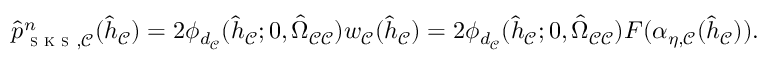
\begin{array} { r } { \hat { p } _ { \textsc { s k s } , \mathcal { C } } ^ { n } ( \hat { h } _ { \mathcal { C } } ) = 2 \phi _ { d _ { \mathcal { C } } } ( \hat { h } _ { \mathcal { C } } ; 0 , \hat { \Omega } _ { \mathcal { C } \mathcal { C } } ) w _ { \mathcal { C } } ( \hat { h } _ { \mathcal { C } } ) = 2 \phi _ { d _ { \mathcal { C } } } ( \hat { h } _ { \mathcal { C } } ; 0 , \hat { \Omega } _ { \mathcal { C } \mathcal { C } } ) F ( \alpha _ { \eta , \mathcal { C } } ( \hat { h } _ { \mathcal { C } } ) ) . } \end{array}